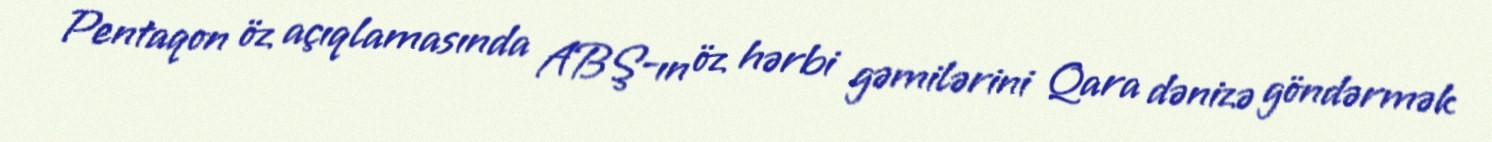
Pentaqon öz açıqlamasında ABŞ-ın öz hərbi gəmilərini Qara dənizə göndərmək